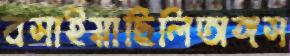
বসাইয়াছিলিঅঙ্গস